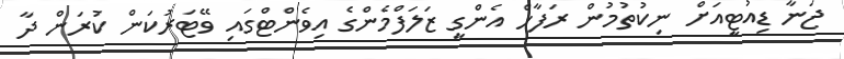
ޖަނާ ޑިއުޓީއަށް ނިކުތުމުން ރަފާހް އެންގީ ޒަލަފްމެންގެ އިވެންޓްގައި ވޭޓަރުކަން ކުރަން ދާ